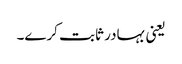
یعنی بہادر ثابت کرے۔